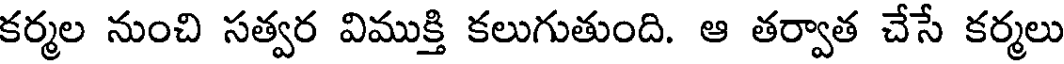
కర్మల నుంచి సత్వర విముక్తి కలుగుతుంది. ఆ తర్వాత చేసే కర్మలు